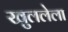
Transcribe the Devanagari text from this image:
खुललेला